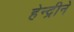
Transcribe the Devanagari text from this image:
हेन्द्रीने